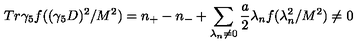
T r \gamma _ { 5 } f ( ( \gamma _ { 5 } D ) ^ { 2 } / M ^ { 2 } ) = n _ { + } - n _ { - } + \sum _ { \lambda _ { n } \neq 0 } \frac { a } { 2 } \lambda _ { n } f ( \lambda _ { n } ^ { 2 } / M ^ { 2 } ) \neq 0